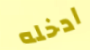
ادخله